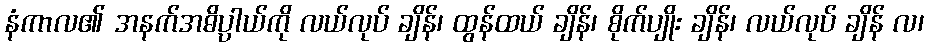
နံကာလ၏ အနက်အဓိပ္ပါယ်ကို လယ်လုပ် ချိန်၊ ထွန်ထယ် ချိန်၊ စိုက်ပျိုး ချိန်၊ လယ်လုပ် ချိန် လ၊